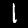
Label: 1